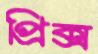
প্রিক্স